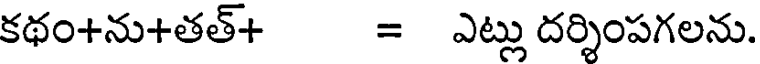
కథం+ను+తత్+ = ఎట్లు దర్శింపగలను.